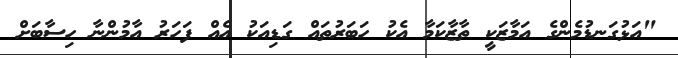
"އަޅުގަނޑުމެންގެ އަމާޒަކީ ތާޒާކަމާ އެކު ހަބަރުތައް ގަޑިއަކު އެއް ފަހަރު އާމުންނާ ހިސާބަށް